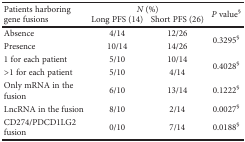
| <ROWSPAN=2> Patients harboring gene fusions | <COLSPAN=2> N (%) | <ROWSPAN=2> P value§ |
 | Long PFS (14) | Short PFS (26) |
 | --- | --- | --- | --- |
 | Absence | 4/14 | 12/26 | <ROWSPAN=2> 0.3295§ |
 | Presence | 10/14 | 14/26 |
 | 1 for each patient | 5/10 | 10/14 | <ROWSPAN=2> 0.4028§ |
 | >1 for each patient | 5/10 | 4/14 |
 | Only mRNA in the fusion | 6/10 | 13/14 | 0.1222§ |
 | LncRNA in the fusion | 8/10 | 2/14 | 0.0027§ |
 | CD274/PDCD1LG2 fusion | 0/10 | 7/14 | 0.0188§ |